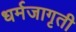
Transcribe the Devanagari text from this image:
धर्मजागृती